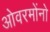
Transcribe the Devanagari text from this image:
ओवरमोंनो